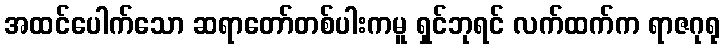
အထင်ပေါက်သော ဆရာတော်တစ်ပါးကမူ ရှင်ဘုရင် လက်ထက်က ရာဇဂုရု